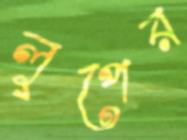
লুপের